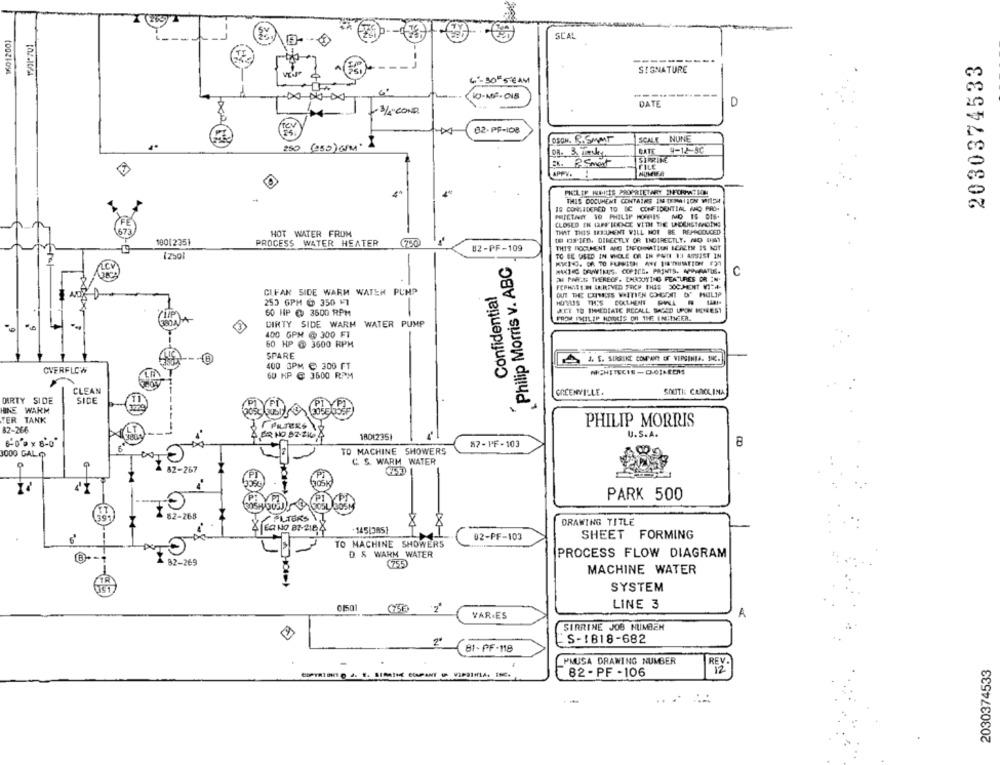
15012001
1501-701
SCAL
------
2030374533
SIGNATURE
6-30 # SEAM
(10-ME.OIB
DATE
D
-3/2 COND
02-PF-I08
55.
SCALE NUNE
250 (250)6M
OSON. S.SMMT
GATE 9-12-5C
Ex. PEment
APPV.
MICLIP WEITES PROPRIETARY INFORMATION
THIS DOCUMENT CONTAINS IN THEMAILON WHICH
IS CONSIDERED TO BE CONFIDENTIAL MNO PRO-
PRIETANY 10 PHILIP KOFFIES MO IS DIS.
CLOSED IN GIFF BEENCE VITHE THE LEERSTMOINS
HOT WATER FROM
THAT THIS IRISHENT WILL NOT BE REPRODUCED
LE PIED, DIRECTLY OR INDIRECTLY. NO IHST
1001235)
PROCESS WATER HEATER
THIS DOCUMENT ARC THFORMATION ICAZEN IS NOT
82-PF-109
Philip Morris v. ABC
TO BE USED IN WHOLE OR IN POITI 13 ASSIST IN
C
AH PARCS THEREOF. LAROUTING FEATURES OR IN.
CLFAR SIDE WARM WATER PUMP
Confidential
253 6PM @ 350 FT
HOYLES THIS DOCUMENT DANA
60 HP @ 3500 RPM
KET TO THEDIATE RECALL SACED UPON RONEEST
DIRTY SIDE WARM WATER PUMP
100 GPM @ 300 FT
60 HP @ 3600 RPM
SPARE
3. E. SURGINE COMANY OF WEPGINIA. INC.
OVERFLC'N
400 3PM C 300 FT
60 HP @ 3600 RPM
ARCHITECIS -DOJKEENS
CLEAN
GREENVILLE.
SOUTH CAROLINA
DIRTY SIDE
SIDE
PIVE
HINE WARM
TER TANK
82-266
FILTERS
PHILIP MORRIS
ER HO 82-216
18012351
U.S. A.
87- PF-103
8
TO MACHINE SHOWERS
3000 GALO
0
C. S. WARM WATER
82-267
305k
PARK 500
82-268
FILTERS
DRAWING TITLE
145/385]
02-PF-103
SHEET FORMING
TO MACHINE SHOWERS
D & WARM WATER
PROCESS FLOW DIAGRAM
82-269
(755)
MACHINE WATER
SYSTEM
LINE 3
A
VARIES
SIRRINE JOB NUMBER
S-1818-682
81- PF-118
REV.
PMUSA DRAWING NUMBER
2030374533
OPTION ( .. . SEMAINE COUPANT ( VIPRIMIA, INC.
82 - PF -106
12